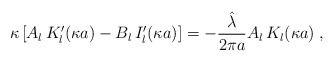
\begin{align*}\kappa\left[A_{l} \,K_{l}'(\kappa a)-B_{l} \,I_{l}'(\kappa a)\right]=-\frac{\hat{\lambda} }{2 \pi a}A_{l} \,K_{l}(\kappa a)\; ,\end{align*}